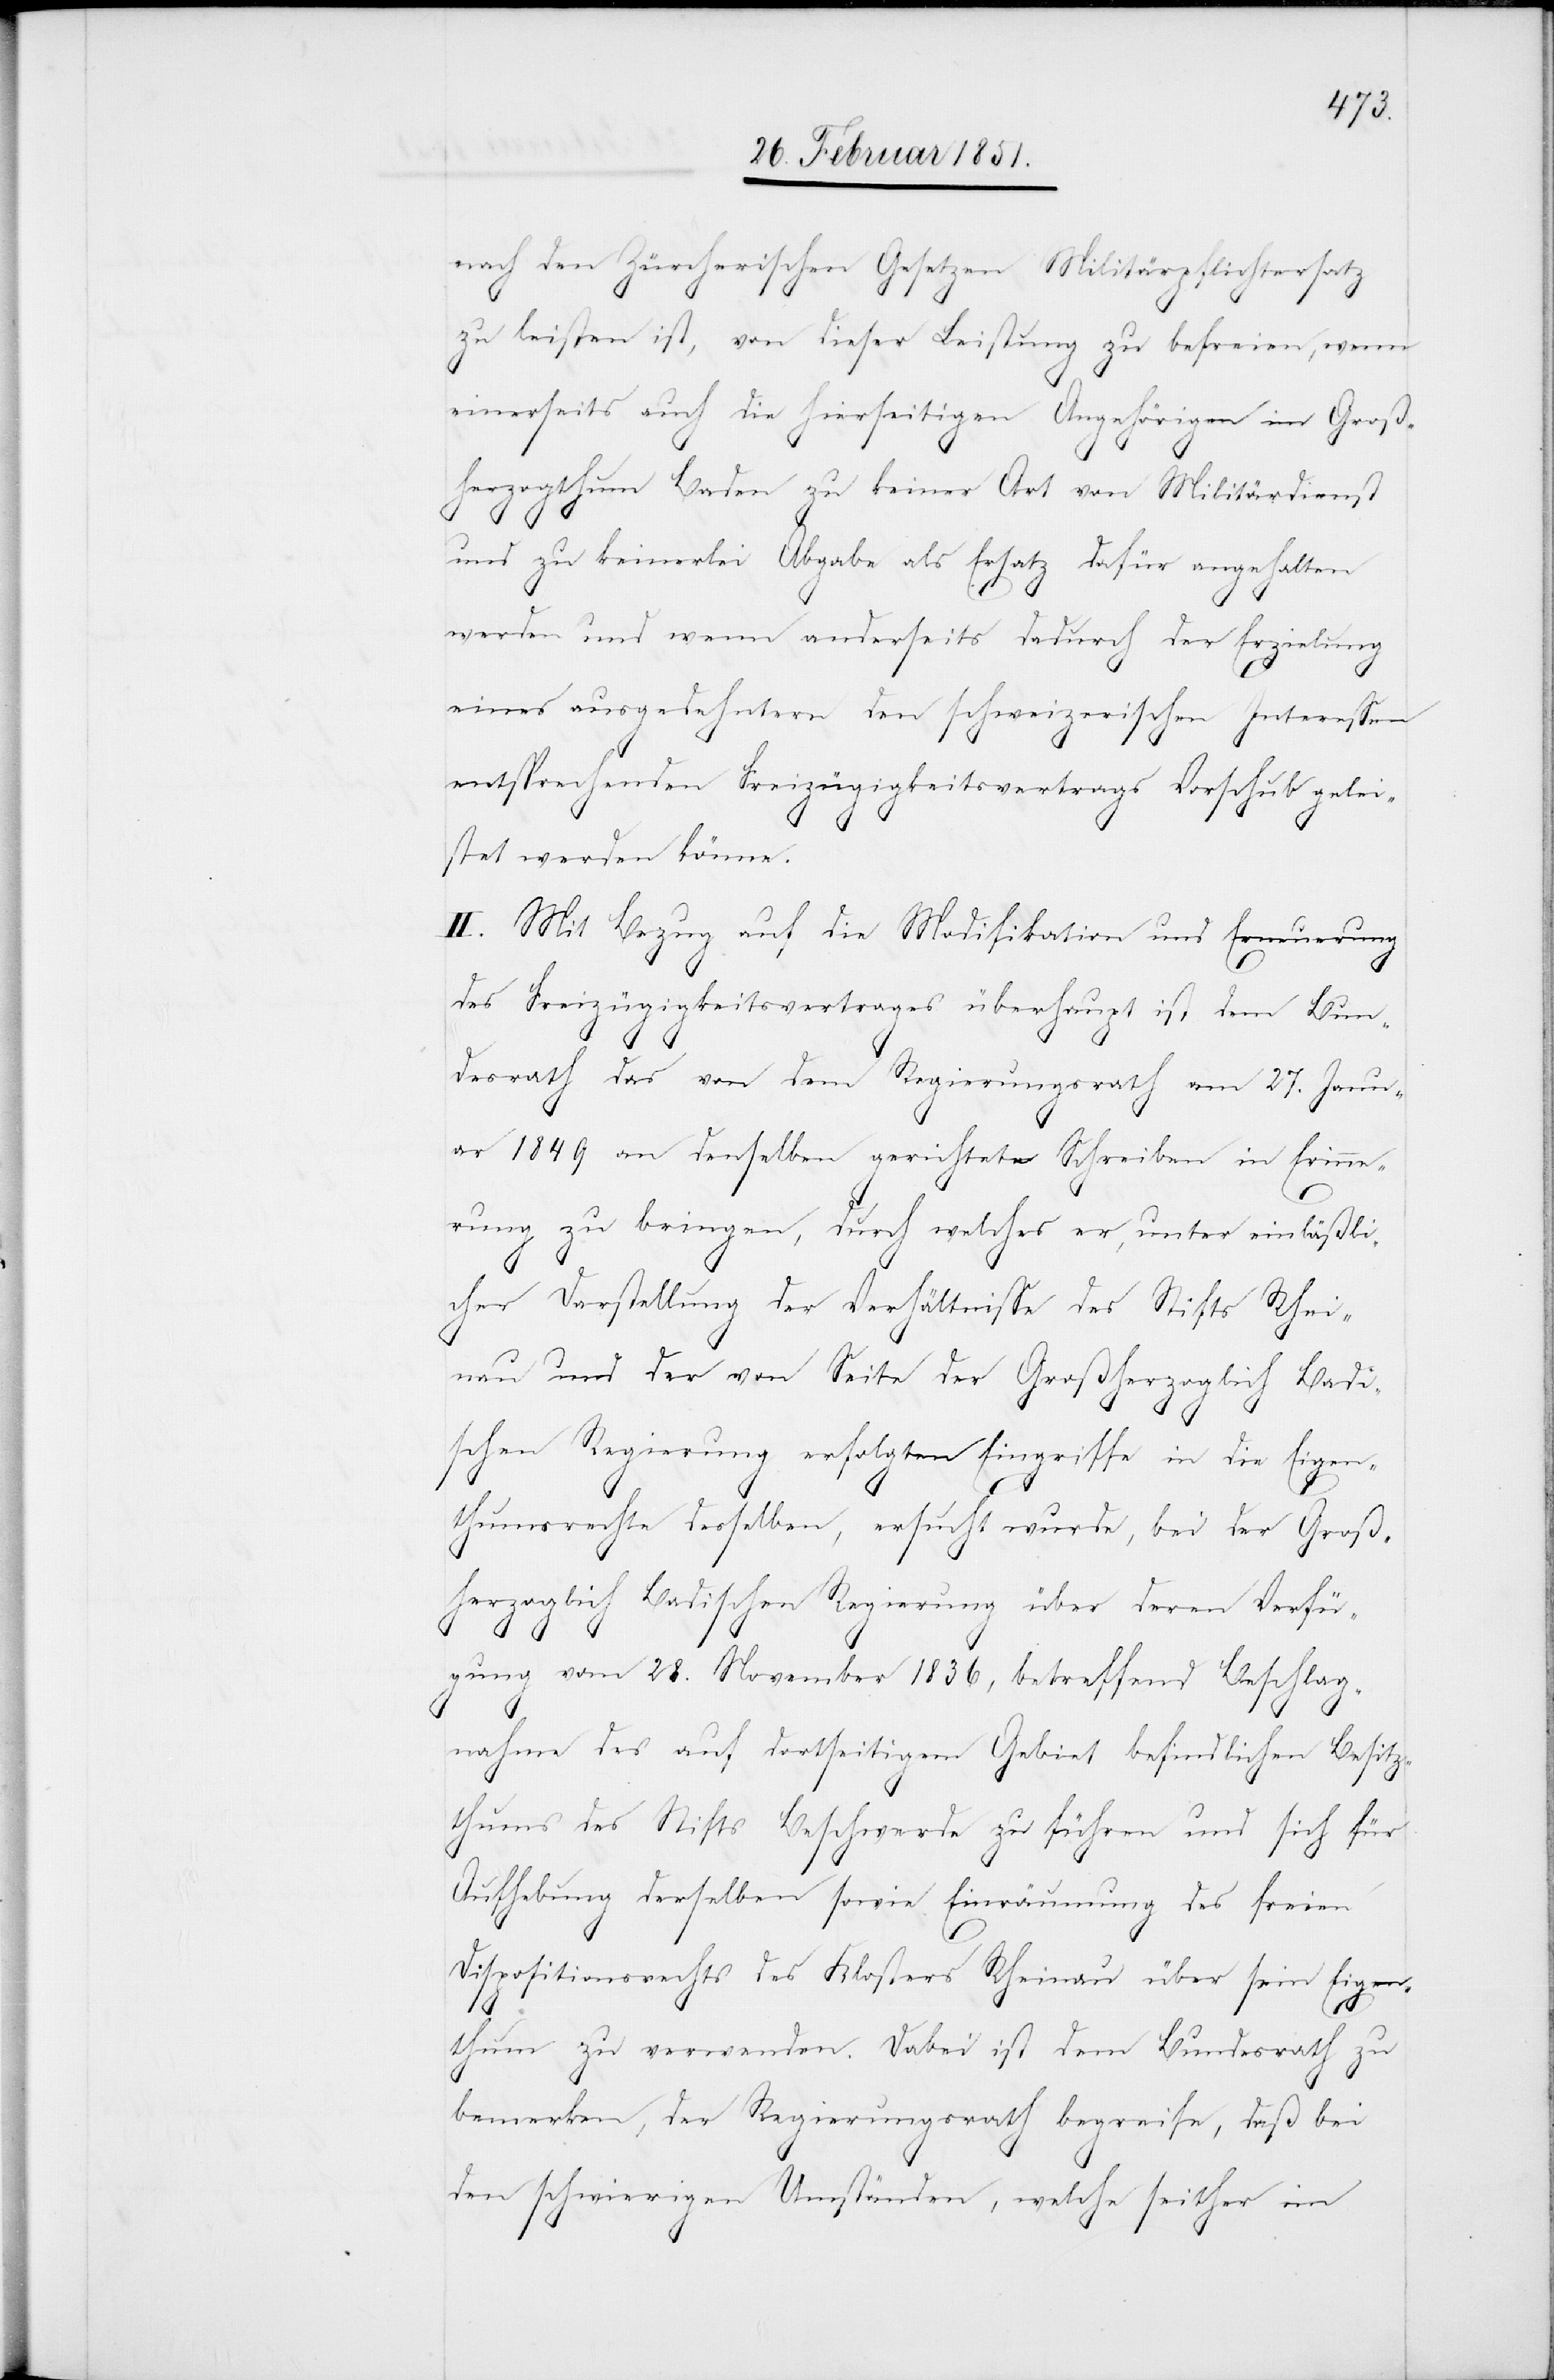
nach den Zürcherischen Gesetzen Militärpflichtersatz
zu leisten ist, von dieser Leistung zu befreien, wenn
einerseits auch die hierseitigen Angehörigen im Groß¬
herzogthum Baden zu keiner Art von Militärdienst
und zu keinerlei Abgabe als Ersatz dafür angehalten
werden und wenn anderseits dadurch der Erzielung
eines ausgedehntern den schweizerischen Interessen
entsprechenden Freizügigkeitsvertrags Vorschub gelei¬
stet werden könne.
II. Mit Bezug auf die Modifikation und Erneuerung
des Freizügigkeitsvertrages überhaupt ist dem Bun¬
desrath das von dem Regierungsrath am 27. Janu¬
ar 1849 an denselben gerichtete Schreiben in Erinne¬
rung zu bringen, durch welches er, unter einläßli¬
cher Darstellung der Verhältnisse des Stifts Rhei¬
nau und der von Seite der Großherzoglich Badi¬
schen Regierung erfolgten Eingriffe in die Eigen¬
thumsrechte desselben, ersucht wurde, bei der Groß¬
herzoglich Badischen Regierung über deren Verfü¬
gung vom 28. November 1836, betreffend Beschlag¬
nahme des auf dortseitigem Gebiet befindlichen Besitz¬
thums des Stifts Beschwerde zu führen und sich für
Aufhebung derselben sowie Einräumung des freien
Dispositionsrechts des Klosters Rheinau über sein Eigen¬
thum zu verwenden. Dabei ist dem Bundesrath zu
bemerken, der Regierungsrath begreife, daß bei
den schwierigen Umständen, welche seither im